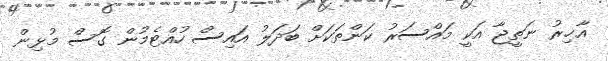
އާޚިރު ނަތީޖާ އަކީ މައްސަރު ކަންތަކަށް ބަދަލު އައިސް ހުއްޓެމުން ގޮސް މުޅިން